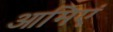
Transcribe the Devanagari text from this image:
आमिएं